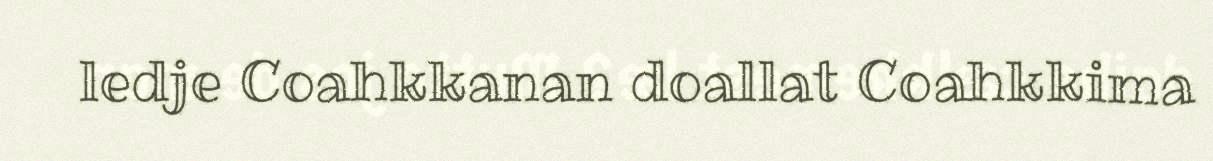
ledje Coahkkanan doallat Coahkkima